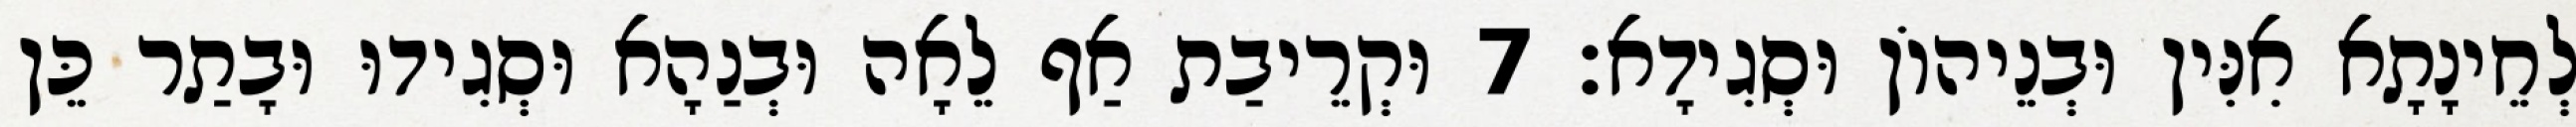
לְחֵינָתָא אִנִּין וּבְנֵיהוֹן וּסְגִידָא׃ 7 וּקְרֵיבַת אַף לֵאָה וּבְנַהָא וּסְגִידוּ וּבָתַר כֵּן